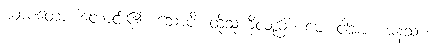
ယာစတော၊ တောင်း၏။ သောပိ၊ ထိုသူကိုလည်း။ မေ၊ ငါ့အား။ မနသာ၊